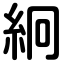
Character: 絅